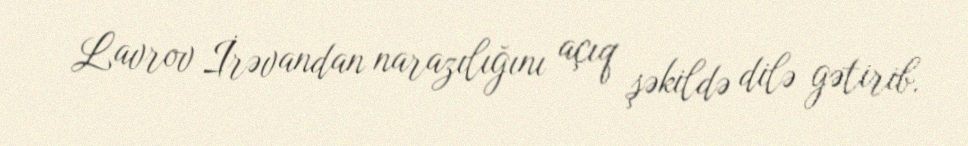
Lavrov İrəvandan narazılığını açıq şəkildə dilə gətirib.